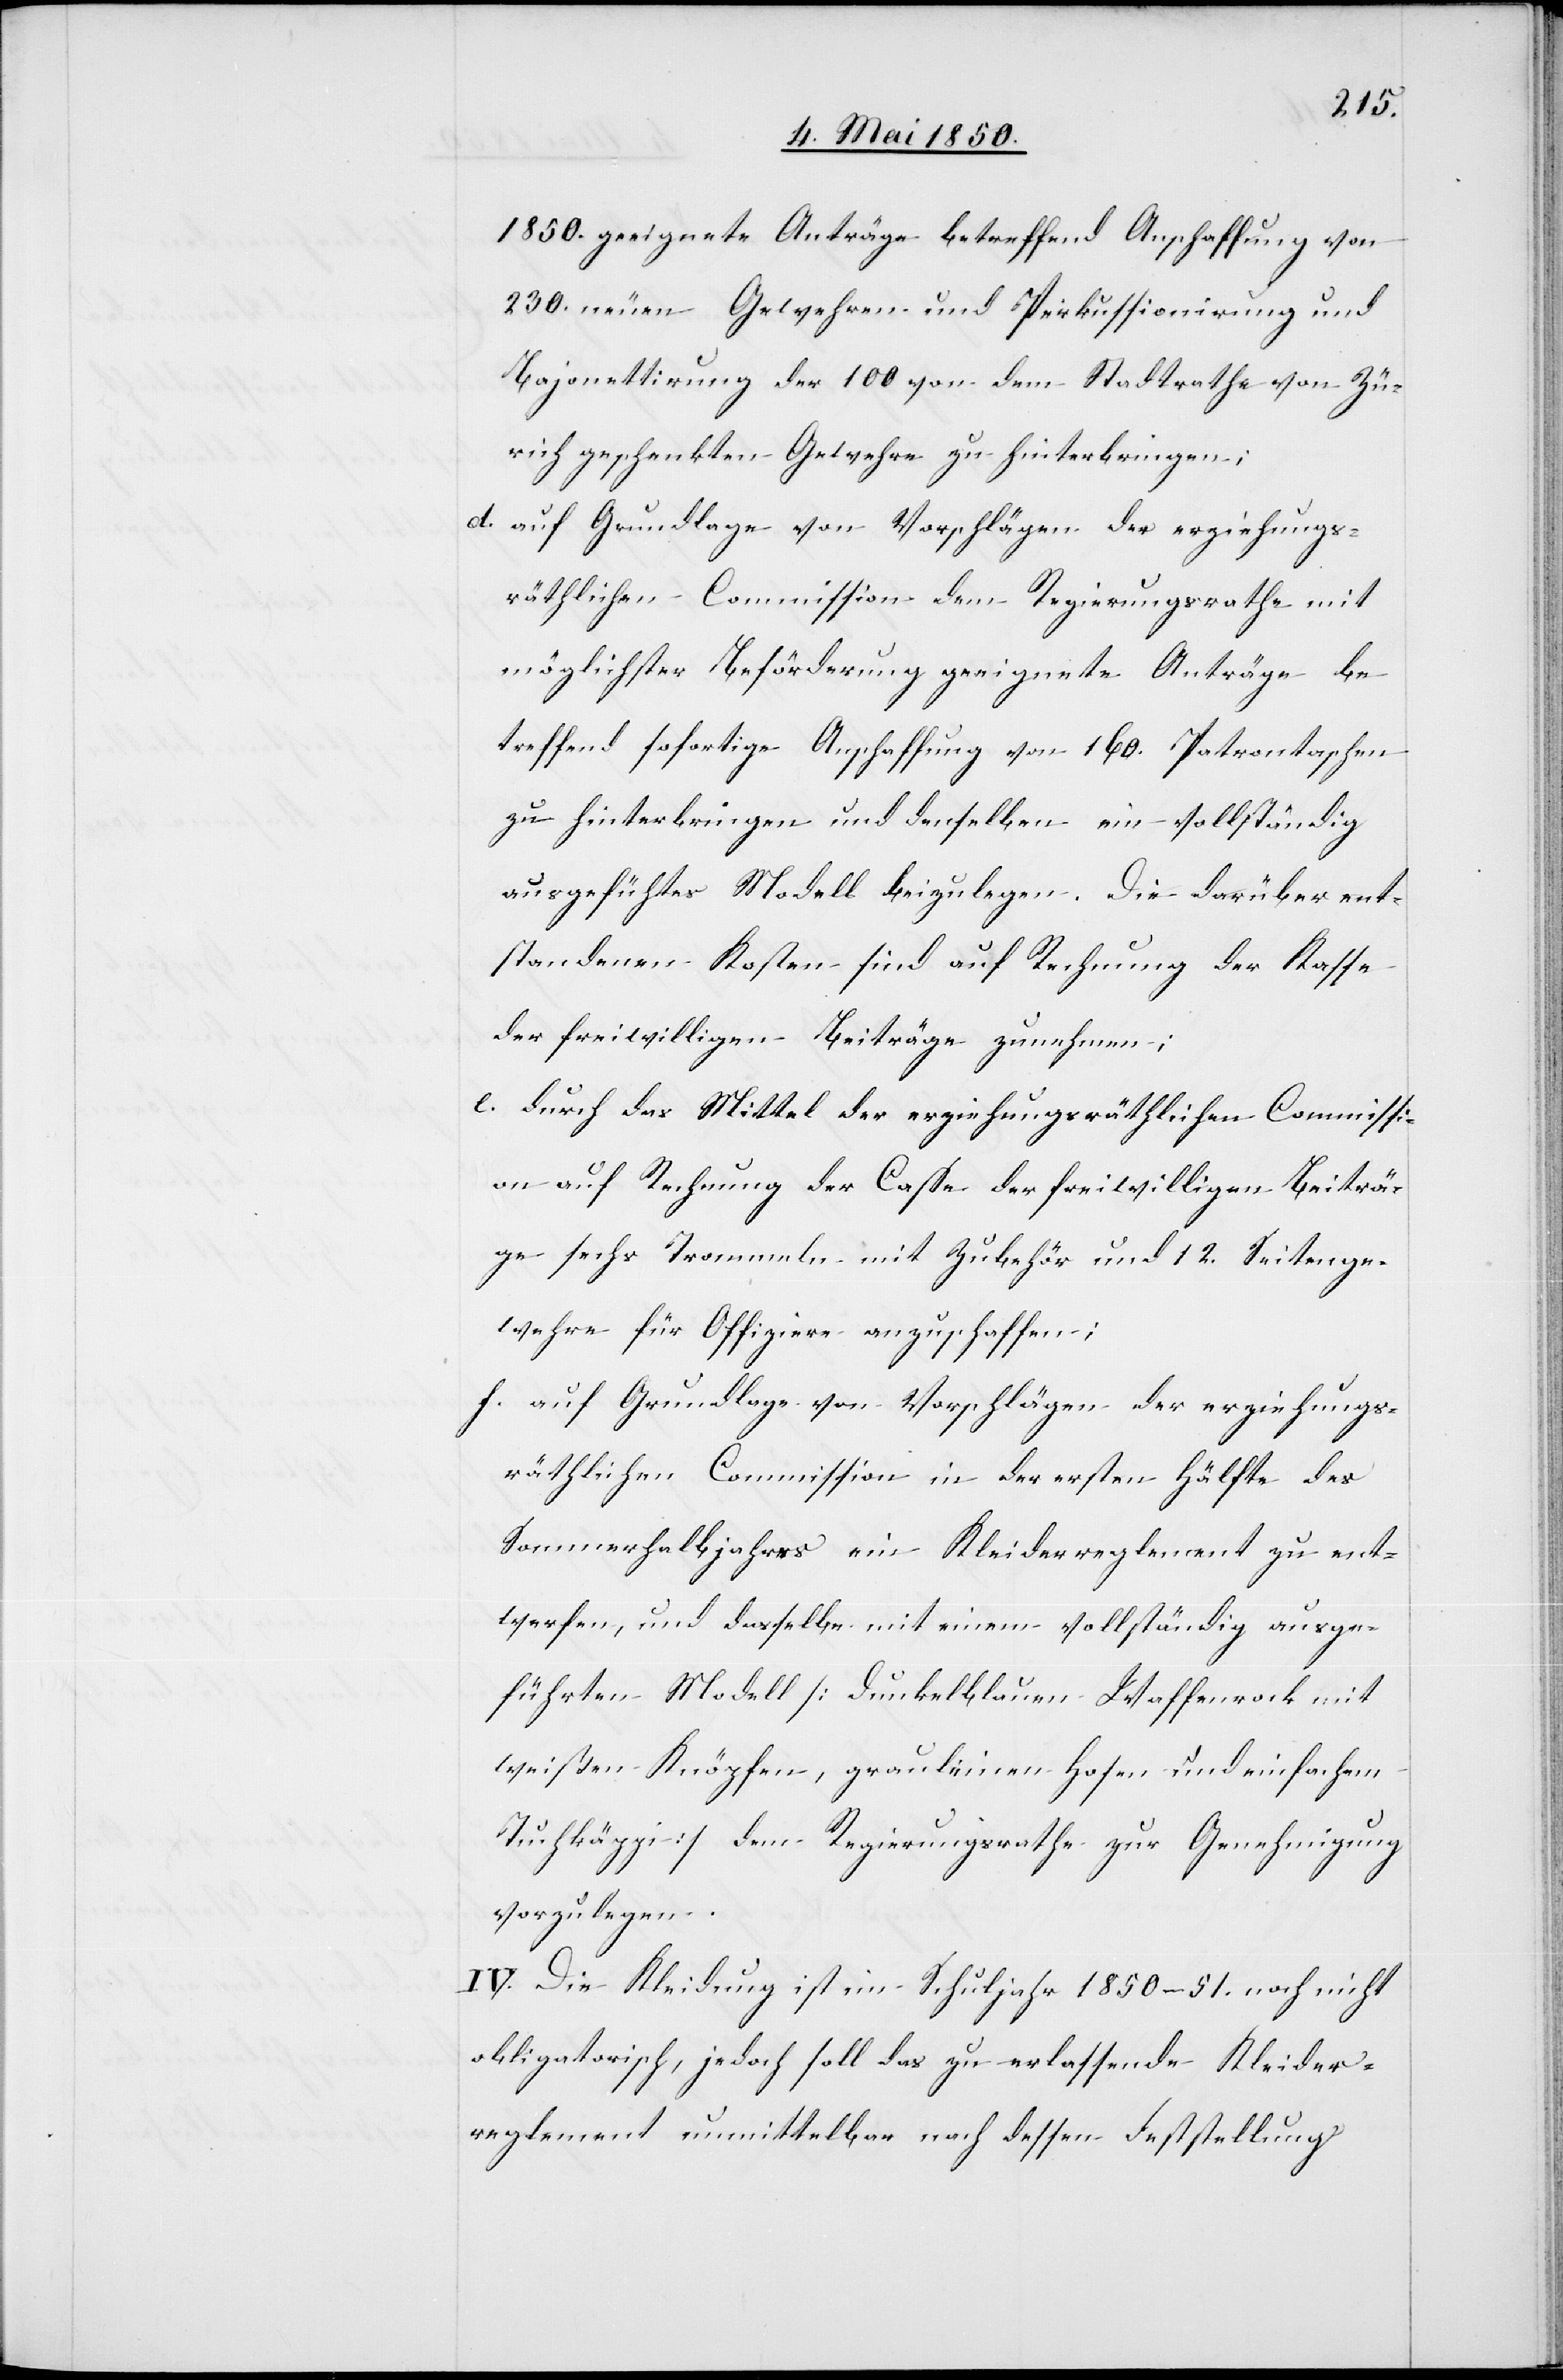
1850. geeignete Anträge betreffend Anschaffung von
230. neuen Gewehren und Perkussionirung und
Bajonettirung der 100 von dem Stadtrathe von Zü¬
rich geschenkten Gewehre zu hinterbringen;
d. auf Grundlage von Vorschlägen der erziehungs¬
räthlichen Commission dem Regierungsrathe mit
möglichster Beförderung geeignete Anträge be¬
treffend sofortige Anschaffung von 160. Patrontaschen
zu hinterbringen und denselben ein vollständig
ausgefüh[r]tes Modell einzulegen. Die darüber ent¬
standenen Kosten sind auf Rechnung der Kasse
der freiwilligen Beiträge zu nehmen:
e. durch das Mittel der erziehungsräthlichen Commissi¬
on auf Rechnung der Caße der freiwilligen Beiträ¬
ge sechs Trommeln mit Zubehör und 12. Seitenge¬
wehre für Offiziere anzuschaffen;
f. auf Grundlage von Vorschlägen der erziehungs¬
räthlichen Commission in der ersten Hälfte des
Sommerhalbjahres ein Kleiderreglement zu ent¬
werfen, und dasselbe mit einem vollständig ausge¬
führten Modell [dunkelblauen Waffenrock mit
weißen Knöpfen, grauleinen Hosen und einfachem
Tuchkäppi] dem Regierungsrathe zur Genehmigung
vorzulegen.
IV. Die Kleidung ist im Schuljahr 1850–51. noch nicht
obligatorisch, jedoch soll das zu erlassende Kleider¬
reglement unmittelbar nach dessen Feststellung